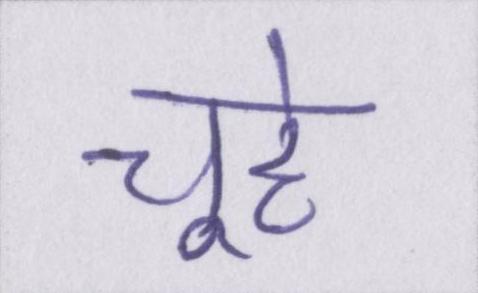
चूहे